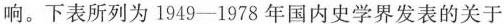
响。下表所列为1949-1978年国内史学界发表的关于